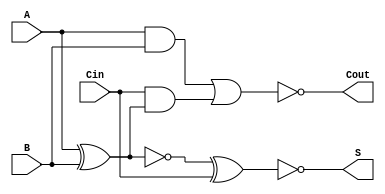
module NegativeCircuitFullAdder (
    input wire A,    // First input bit
    input wire B,    // Second input bit
    input wire Cin,  // Carry input bit
    output wire S,   // Sum output bit
    output wire Cout  // Carry output bit
);

    // Intermediate signals
    wire AxorB;        // A XOR B
    wire AxorB_not;    // NOT (A XOR B)
    wire AB;           // A AND B
    wire Cin_and_AxorB; // Cin AND (A XOR B)

    // Logic operations
    assign AxorB = A ^ B;                            // A XOR B
    assign AxorB_not = ~AxorB;                       // NOT (A XOR B)
    assign AB = A & B;                               // A AND B
    assign Cin_and_AxorB = Cin & AxorB;              // Cin AND (A XOR B)

    // Sum output S in negative logic
    assign S = ~(AxorB_not ^ Cin);                   // S = NOT((A XOR B) XOR Cin)

    // Carry output Cout in negative logic
    assign Cout = ~(AB | Cin_and_AxorB);             // Cout = NOT((A AND B) OR (Cin AND (A XOR B)))

endmodule